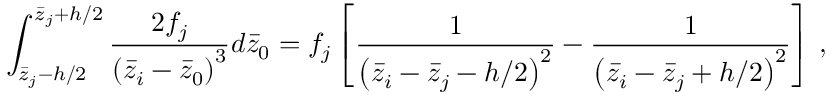
\int _ { \bar { z } _ { j } - h / 2 } ^ { \bar { z } _ { j } + h / 2 } \frac { 2 f _ { j } } { \left( \bar { z } _ { i } - \bar { z } _ { 0 } \right) ^ { 3 } } d \bar { z } _ { 0 } = f _ { j } \left[ \frac { 1 } { \left( \bar { z } _ { i } - \bar { z } _ { j } - h / 2 \right) ^ { 2 } } - \frac { 1 } { \left( \bar { z } _ { i } - \bar { z } _ { j } + h / 2 \right) ^ { 2 } } \right] \, ,